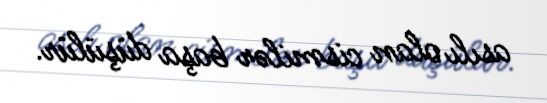
asılı olan cismilər başa düşülür.